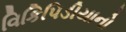
વિકિપિડીયાનો